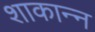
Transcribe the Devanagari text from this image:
शाकान्न